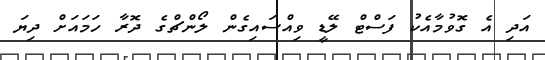
އަދި އެ ގޮވުމާއެކު ފަސްޓް ލޭޑީ ވިއްސައިގެން ލޯންޗްގެ ދޮރާ ހަމައަށް ދިޔަ